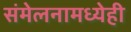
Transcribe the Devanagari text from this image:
संमेलनामध्येही